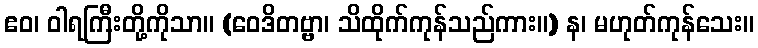
ဧဝ၊ ဝါရကြီးတို့ကိုသာ။ (ဝေဒိတဗ္ဗာ၊ သိထိုက်ကုန်သည်ကား။) န၊ မဟုတ်ကုန်သေး။